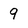
Character: 9